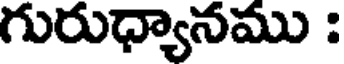
గురుధ్యానము :